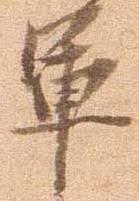
軍